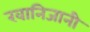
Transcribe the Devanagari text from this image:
खानिजानी